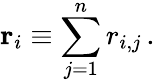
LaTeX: \mathbf{r}_{i}\equiv\sum_{j=1}^{n}r_{i,j}\, .